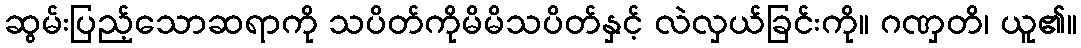
ဆွမ်းပြည့်သောဆရာကို သပိတ်ကိုမိမိသပိတ်နှင့် လဲလှယ်ခြင်းကို။ ဂဏှတိ၊ ယူ၏။